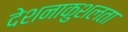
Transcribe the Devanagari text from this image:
देशनाकुशलता